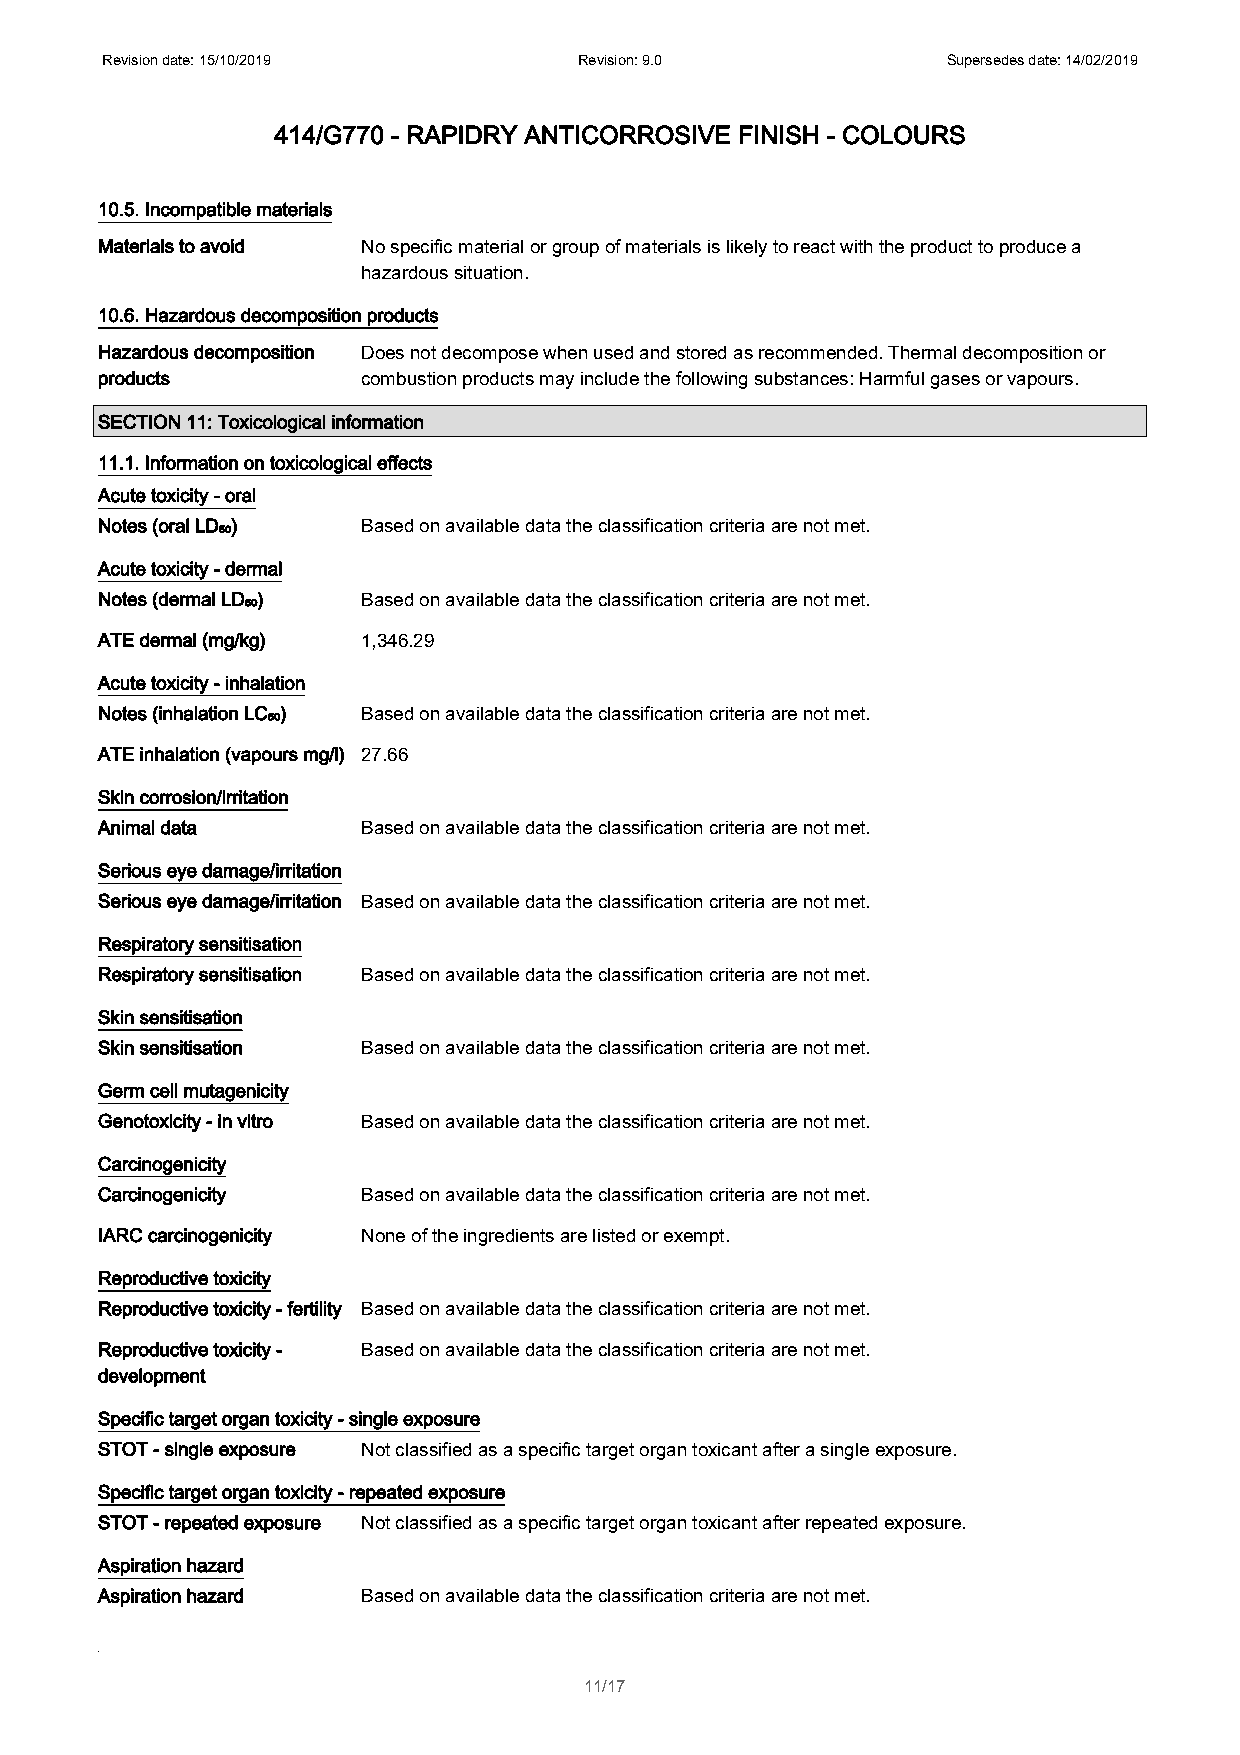
Revision date: 15/10/2019      Revision: 9.0            Supersedes date: 14/02/2019
 414/G770 - RAPIDRY ANTICORROSIVE FINISH - COLOURS
 10.5. Incompatible materials
 Materials to avoid No specific material or group of materials is likely to react with the product to produce a
 hazardous situation.
 10.6. Hazardous decomposition products
 Hazardous decomposition Does not decompose when used and stored as recommended. Thermal decomposition or
 products          combustion products may include the following substances: Harmful gases or vapours.
 SECTION 11: Toxicological information
 11.1. Information on toxicological effects
 Acute toxicity - oral
 Notes (oral LD₅₀) Based on available data the classification criteria are not met.
 Acute toxicity - dermal
 Notes (dermal LD₅₀) Based on available data the classification criteria are not met.
 ATE dermal (mg/kg) 1,346.29
 Acute toxicity - inhalation
 Notes (inhalation LC₅₀) Based on available data the classification criteria are not met.
 ATE inhalation (vapours mg/l) 27.66
 Skin corrosion/irritation
 Animal data       Based on available data the classification criteria are not met.
 Serious eye damage/irritation
 Serious eye damage/irritation Based on available data the classification criteria are not met.
 Respiratory sensitisation
 Respiratory sensitisation Based on available data the classification criteria are not met.
 Skin sensitisation
 Skin sensitisation Based on available data the classification criteria are not met.
 Germ cell mutagenicity
 Genotoxicity - in vitro Based on available data the classification criteria are not met.
 Carcinogenicity
 Carcinogenicity   Based on available data the classification criteria are not met.
 IARC carcinogenicity None of the ingredients are listed or exempt.
 Reproductive toxicity
 Reproductive toxicity - fertility Based on available data the classification criteria are not met.
 Reproductive toxicity - Based on available data the classification criteria are not met.
 development
 Specific target organ toxicity - single exposure
 STOT - single exposure Not classified as a specific target organ toxicant after a single exposure.
 Specific target organ toxicity - repeated exposure
 STOT - repeated exposure Not classified as a specific target organ toxicant after repeated exposure.
 Aspiration hazard
 Aspiration hazard Based on available data the classification criteria are not met.
 11/17